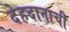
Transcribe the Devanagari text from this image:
देहदानाची